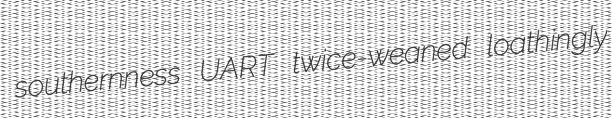
southernness UART twice-weaned loathingly